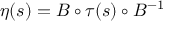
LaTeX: \eta ( s ) = B \circ \tau ( s ) \circ B ^ { - 1 }